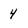
Character: 4